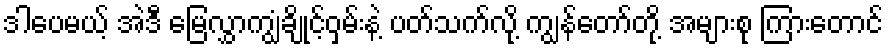
ဒါပေမယ့် အဲဒီ မြေလွှာကျွံချိုင့်ဝှမ်းနဲ့ ပတ်သက်လို့ ကျွန်တော်တို့ အများစု ကြားတောင်